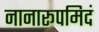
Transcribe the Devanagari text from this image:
नानारूपमिदं